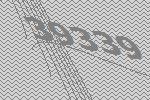
39339